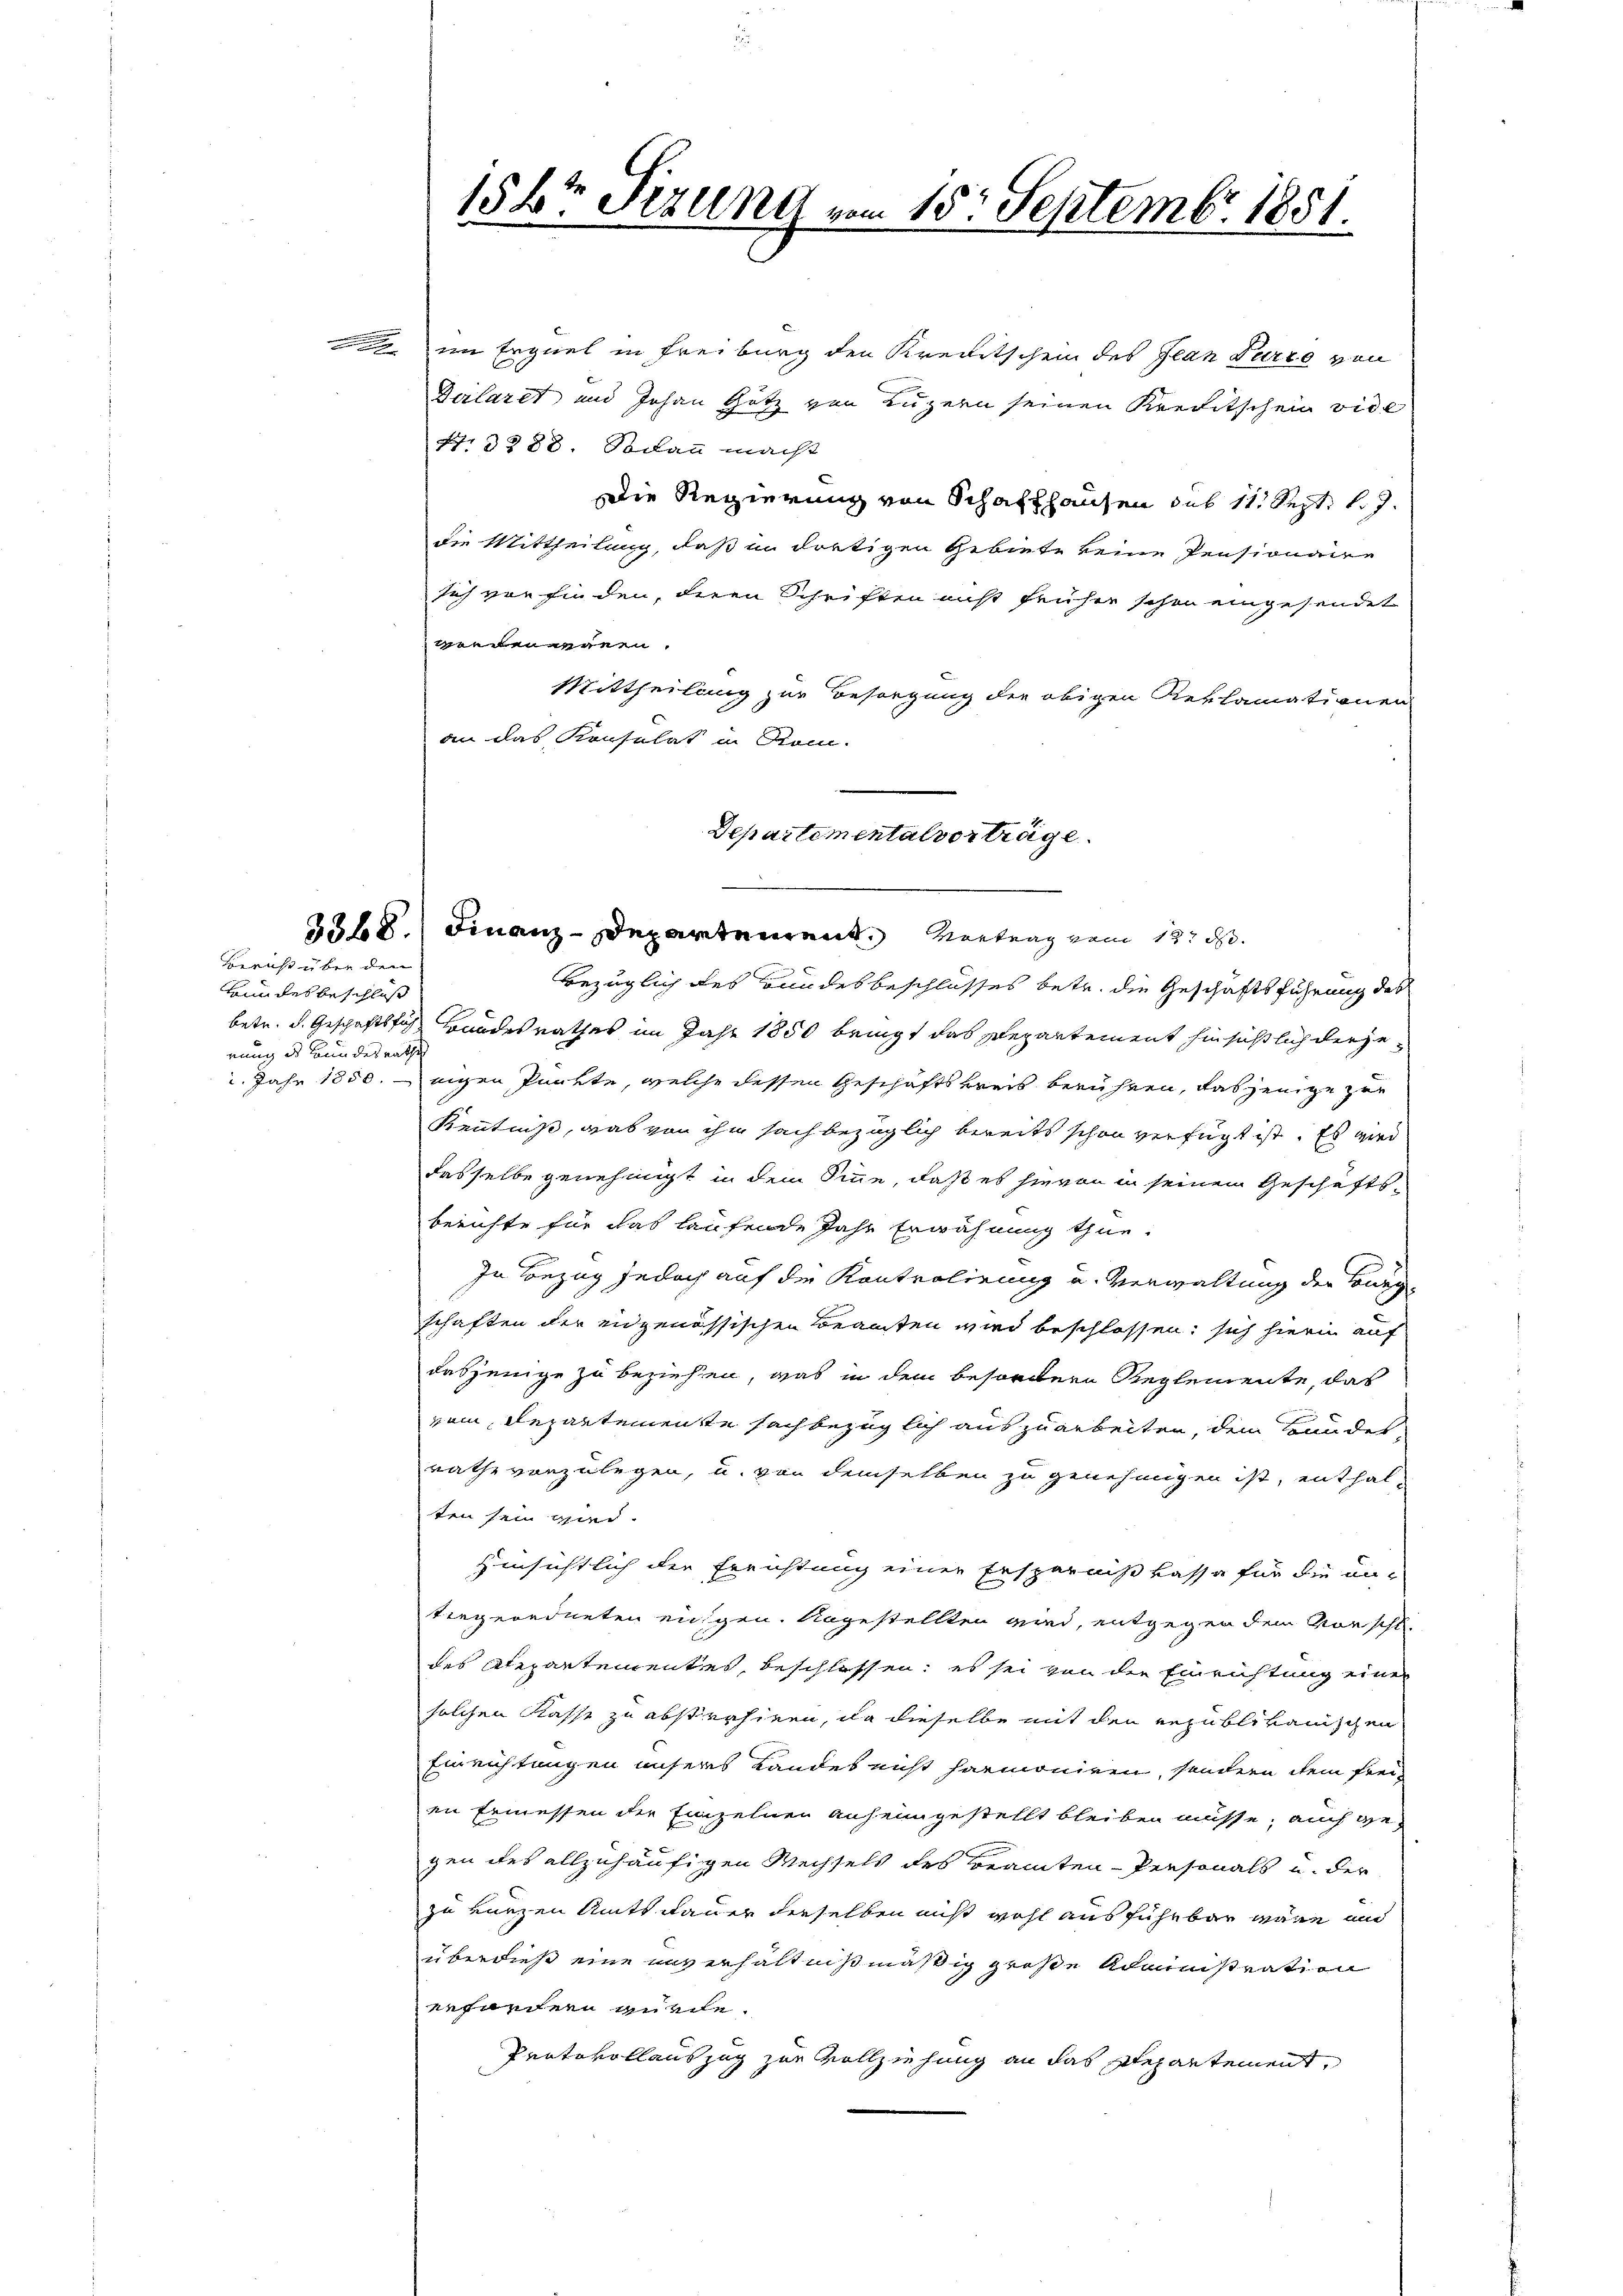
Bericht über den

krundes beschluß
rung des Bundesrathes

im Erziel in Freiburg den Kreitschein des Jean Perio von
Deilaret und Johann Götz von Luzern seinen Kreditschein vide
Nr. 3288. Sodann macht
Die Regierung von Schaffhausen sub 111 Sept. l. J.
die Mittheilung, daß in dortigen Gebiete keine Pensionaire
sich von finden, deren Schriften nicht früher schon eingesendet
geedeneren.
Mittheilung zur Besorgung der obigen Reklamationen
an das Konsulat in Rom.
Departemental vorträge.

bezüglich des Bundesbeschlusses betr. die Geschäftsführung des
betr. d. Geschäftsfach Bandesrathes im Jahr 1850 bringt das Departement hinsichtlich derje¬
. Jahr 1850. eigen Punkte, welche dessen Geschäftskreis berühren, dasjenige zur
Kenntniß, was von ihm sach bezüglich bereits schon verfügt ist. Es wird
dasselbe genehmigt in dem Sinne, daß es hievon in seinem Geschäftsberichte für das laufende Jahr Erwähnung thue.
In Bezug jedoch auf die Kontrolirung u. Verwaltung der Burge
schaften der eidgenössischen Beamten wird beschlossen: sich hierin auf
dasjenige zu beziehen, was in dem befordern Reglemente, das
vom Repartemente sachbezüglich auszuarbeiten, dem Bundes,
rathe vorzulegen, u. von demselben zu genehmigen ist, enthalten sein wied.
Hinsichtlich der Errichtung einer Ersparniß kasse für die un-
tengeredneten eingen. Angestellten wird, entgegen dem Vorschldes Atepartenrentes, beschlossen; es sei von der Einrichtung einer
solchen Kasse zu abstrahiren, da dieselbe mit den Republikanischen
Einrichtungen unsers Landes nicht harmoniren, sondern dem freien Ermessen der Einzelnen anheimgestellt bleiben müsse, auch gegen des allzuhäufigen Wechsels des Beamten-Personals u. der
zu kurzen Amtsdauer derselben nicht wohl ausführbar wäre und
überdieß eine unverhältnißmäßig große Administration
erfordern gütete.
Protokollauszug zur Vollziehung an das Departement,

15kr. Sizung vom 15. Septembr. 1851.
e
.

3368. Finanz-Departement. Vortrag vom 12. d.